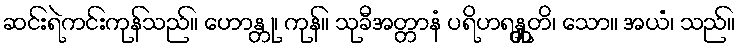
ဆင်းရဲကင်းကုန်သည်။ ဟောန္တု၊ ကုန်။ သုခီအတ္တာနံ ပရိဟရန္တူတိ၊ သော။ အယံ၊ သည်။